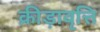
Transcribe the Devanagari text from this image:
क्रीड़ावृत्ति